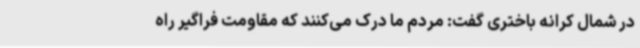
در شمال کرانه باختری گفت: مردم ما درک می‌کنند که مقاومت فراگیر راه